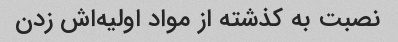
نصبت به کذشته از مواد اولیه‌اش زدن